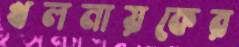
খলনায়কের